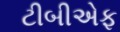
ટીબીએફ